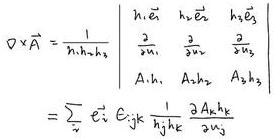
\[
\begin{align*}
\nabla\times\vec{A}&=\frac{1}{h_1h_2h_3}\begin{vmatrix}
h_1\vec{e}_1 & h_2\vec{e}_2 & h_3\vec{e}_3 \\
\frac{\partial}{\partial u_1} & \frac{\partial}{\partial u_2} & \frac{\partial}{\partial u_3} \\
A_1h_1 & A_2h_2 & A_3h_3
\end{vmatrix}\\
&=\sum_{i}\vec{e}_i\ \epsilon_{ijk}\frac{\partial}{\partial u_j}\frac{A_kh_k}{h_i}
\end{align*}
\]